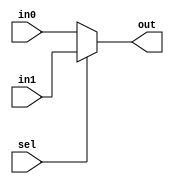
// 2016.06.28
// Project      : Ssmple MIPS 
// Creator(s)   : Yang, Yu-Xiang (M10412034@yuntech.edu.tw)
// 
//
//
//  Description: Ssmple MIPS to compare Out of execution
//  
module Mux2 #(parameter WIDTH = 32)(
input sel,
input[(WIDTH-1):0]in0,in1,
output[(WIDTH-1):0]out
);

assign out = (sel) ? in1 : in0;

endmodule